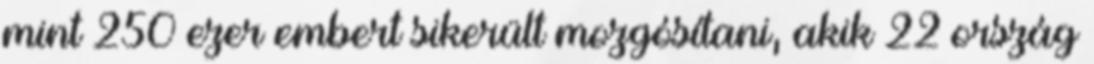
mint 250 ezer embert sikerült mozgósítani, akik 22 ország